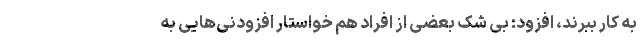
به کار ببرند، افزود: بی شک بعضی از افراد هم خواستار افزودنی‌هایی به